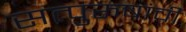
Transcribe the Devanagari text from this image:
सत्‍पुरुषांची